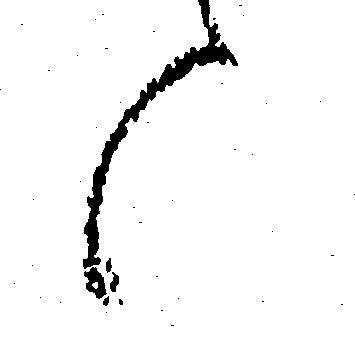
候